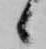
候